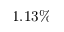
1 . 1 3 \%